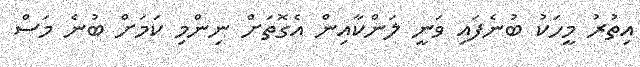
އިތުރު މީހަކު ބުނެފައި ވަނީ ލަންކާއިން އެގޮތަށް ނިންމި ކަމަށް ބުނެ މަސް